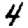
Digit: 4